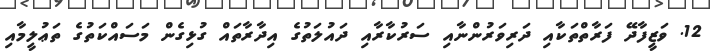
12. ވަޒީފާދޭ ފަރާތްތަކާއި ދަރިވަރުންނާއި ސަރުކާރާއި ދައުލަތުގެ އިދާރާތައް ގުޅިގެން މަސައްކަތުގެ ތަޢުލީމާއި